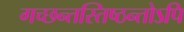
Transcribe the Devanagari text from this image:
गच्छन्तस्तिष्ठन्तोऽपि